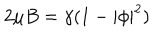
LaTeX: 2 \mu B = \gamma ( 1 - | \phi | ^ { 2 } )